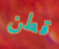
قطن